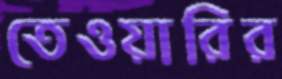
তেওয়ারির